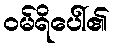
ဝမ်ရိပေါ်၏